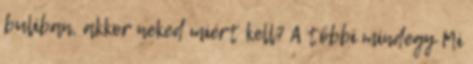
buliban, akkor neked miért kell? A többi mindegy Mi